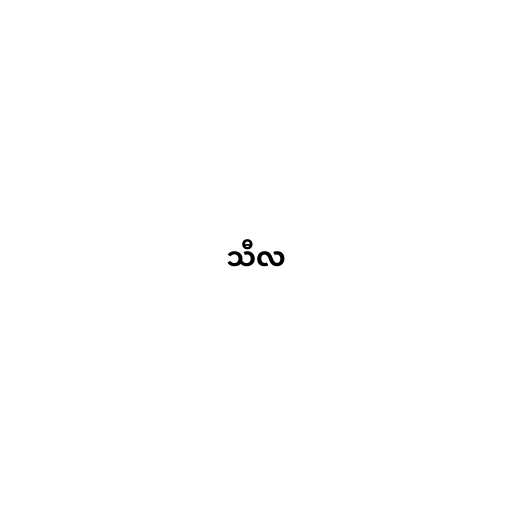
သီလ